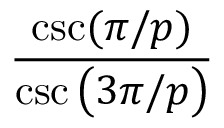
\displaystyle \frac { \csc ( \pi / p ) } { \csc \big ( 3 \pi / p \big ) }